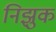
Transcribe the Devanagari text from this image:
निझुक